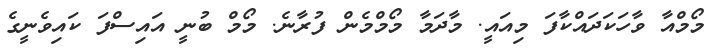
މޯމްއާ ވާހަކަދައްކާފަ މިއައީ. މާދަމާ މޯމްމެން ފުރާނެ. މޯމް ބުނީ އައިސްފަ ކައިވެނީގެ